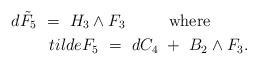
LaTeX: \begin{align*} d\tilde{F}_5~=~ H_3\wedge F_3\ \ \ \ \ \ \ \ \mbox{where}\ \ \ \ \ \ \ \\tilde{F}_5~=~ dC_4~+~B_2\wedge F_3.\end{align*}